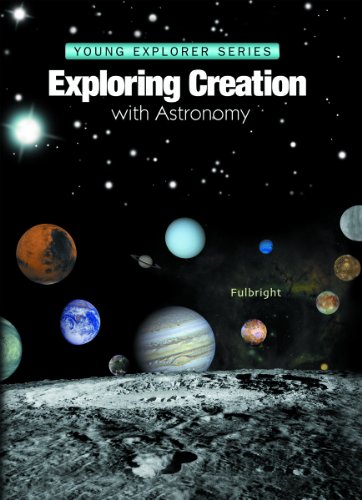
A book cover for Exploring Creation With Astronomy (Young Explorer Series) (Young Explorer (Apologia Educational Ministries)); Jeannie K. Fulbright; Children's Books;